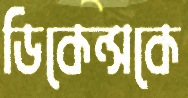
ডিকেন্সকে